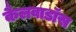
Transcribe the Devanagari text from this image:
कैलवाडॉस